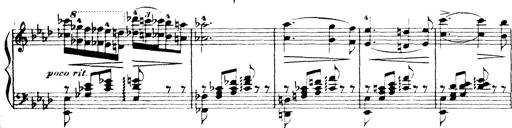
Title: Wagner-Liszt Album
Composer: Franz Liszt